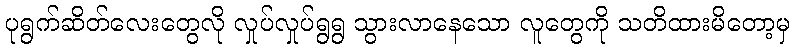
ပုရွက်ဆိတ်လေးတွေလို လှုပ်လှုပ်ရွရွ သွားလာနေသော လူတွေကို သတိထားမိတော့မှ